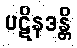
ပဋိနဒန္တိ